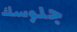
جلوسك